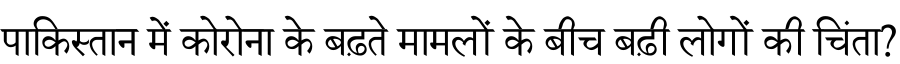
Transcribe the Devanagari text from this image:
पाकिस्तान में कोरोना के बढ़ते मामलों के बीच बढ़ी लोगों की चिंता?